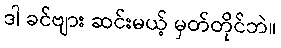
ဒါ ခင်ဗျား ဆင်းမယ့် မှတ်တိုင်ဘဲ။